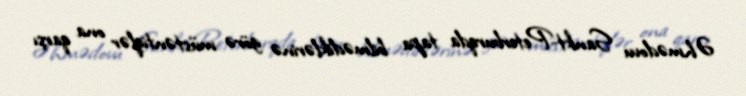
Əhmədovu Sankt-Peterburqda tapa bilmədiklərinə görə müstəntiqlər ona qarşı